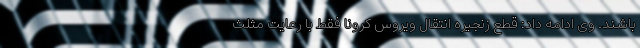
باشند. وی ادامه داد: قطع زنجیره انتقال ویروس کرونا فقط با رعایت مثلث